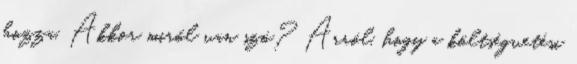
hozza. Akkor miről van szó? Arról, hogy a költségvetési